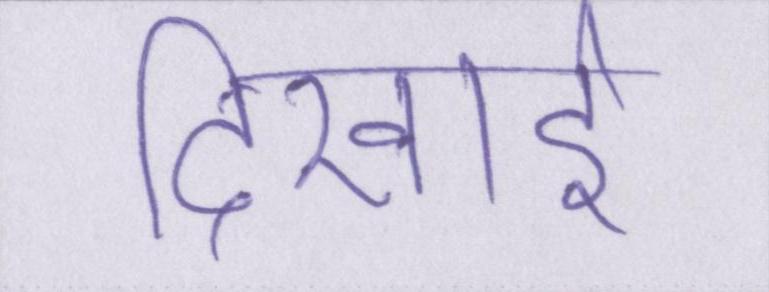
दिखाई